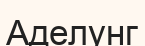
Аделунг